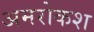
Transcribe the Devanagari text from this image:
अमरोकश